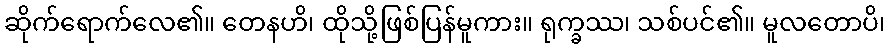
ဆိုက်ရောက်လေ၏။ တေနဟိ၊ ထိုသို့ဖြစ်ပြန်မူကား။ ရုက္ခဿ၊ သစ်ပင်၏။ မူလတောပိ၊